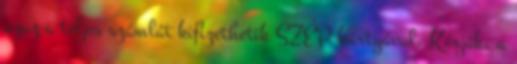
azaz a teljes számlát kifizethetik SZÉP kártyával. Kérjük, a